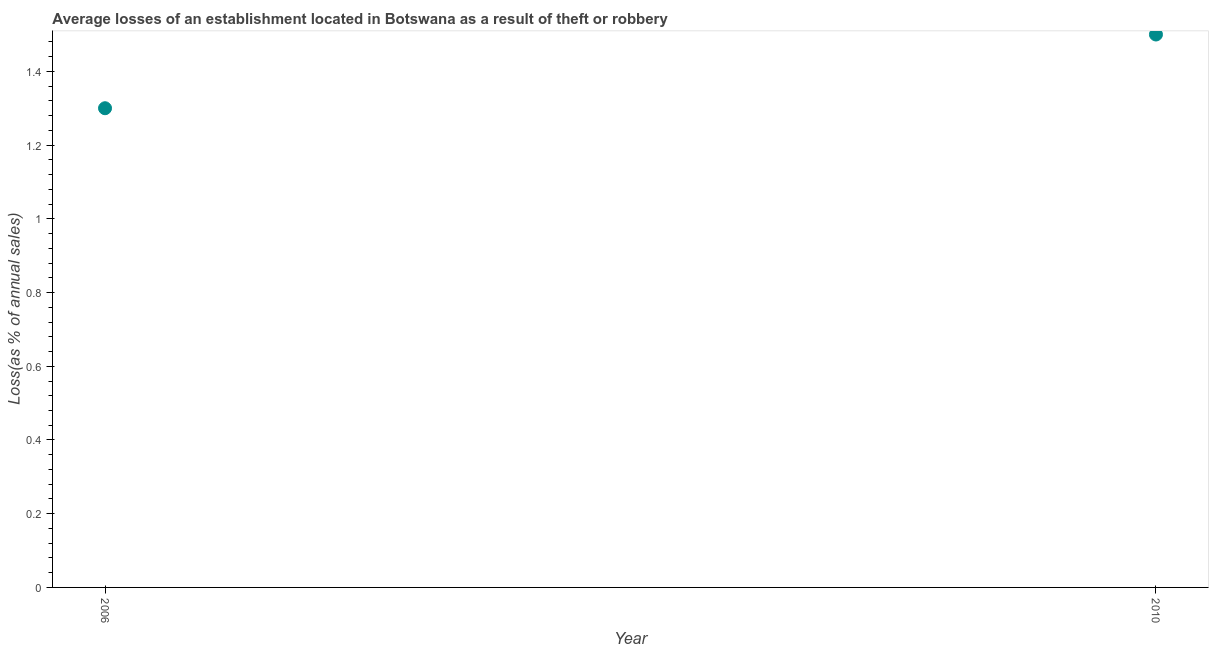
| Year | Losses due to theft |
 | --- | --- |
 | 2006 | 1.3 |
 | 2010 | 1.5 |